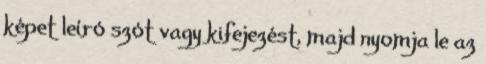
képet leíró szót vagy kifejezést, majd nyomja le az